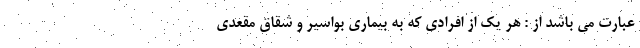
عبارت می باشد از : هر یک از افرادی که به بیماری بواسیر و شقاق مقعدی